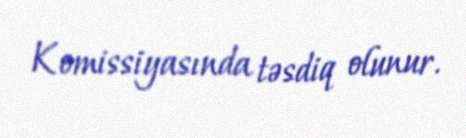
Komissiyasında təsdiq olunur.